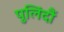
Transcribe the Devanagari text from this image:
पुलिंदौं